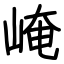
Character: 崦